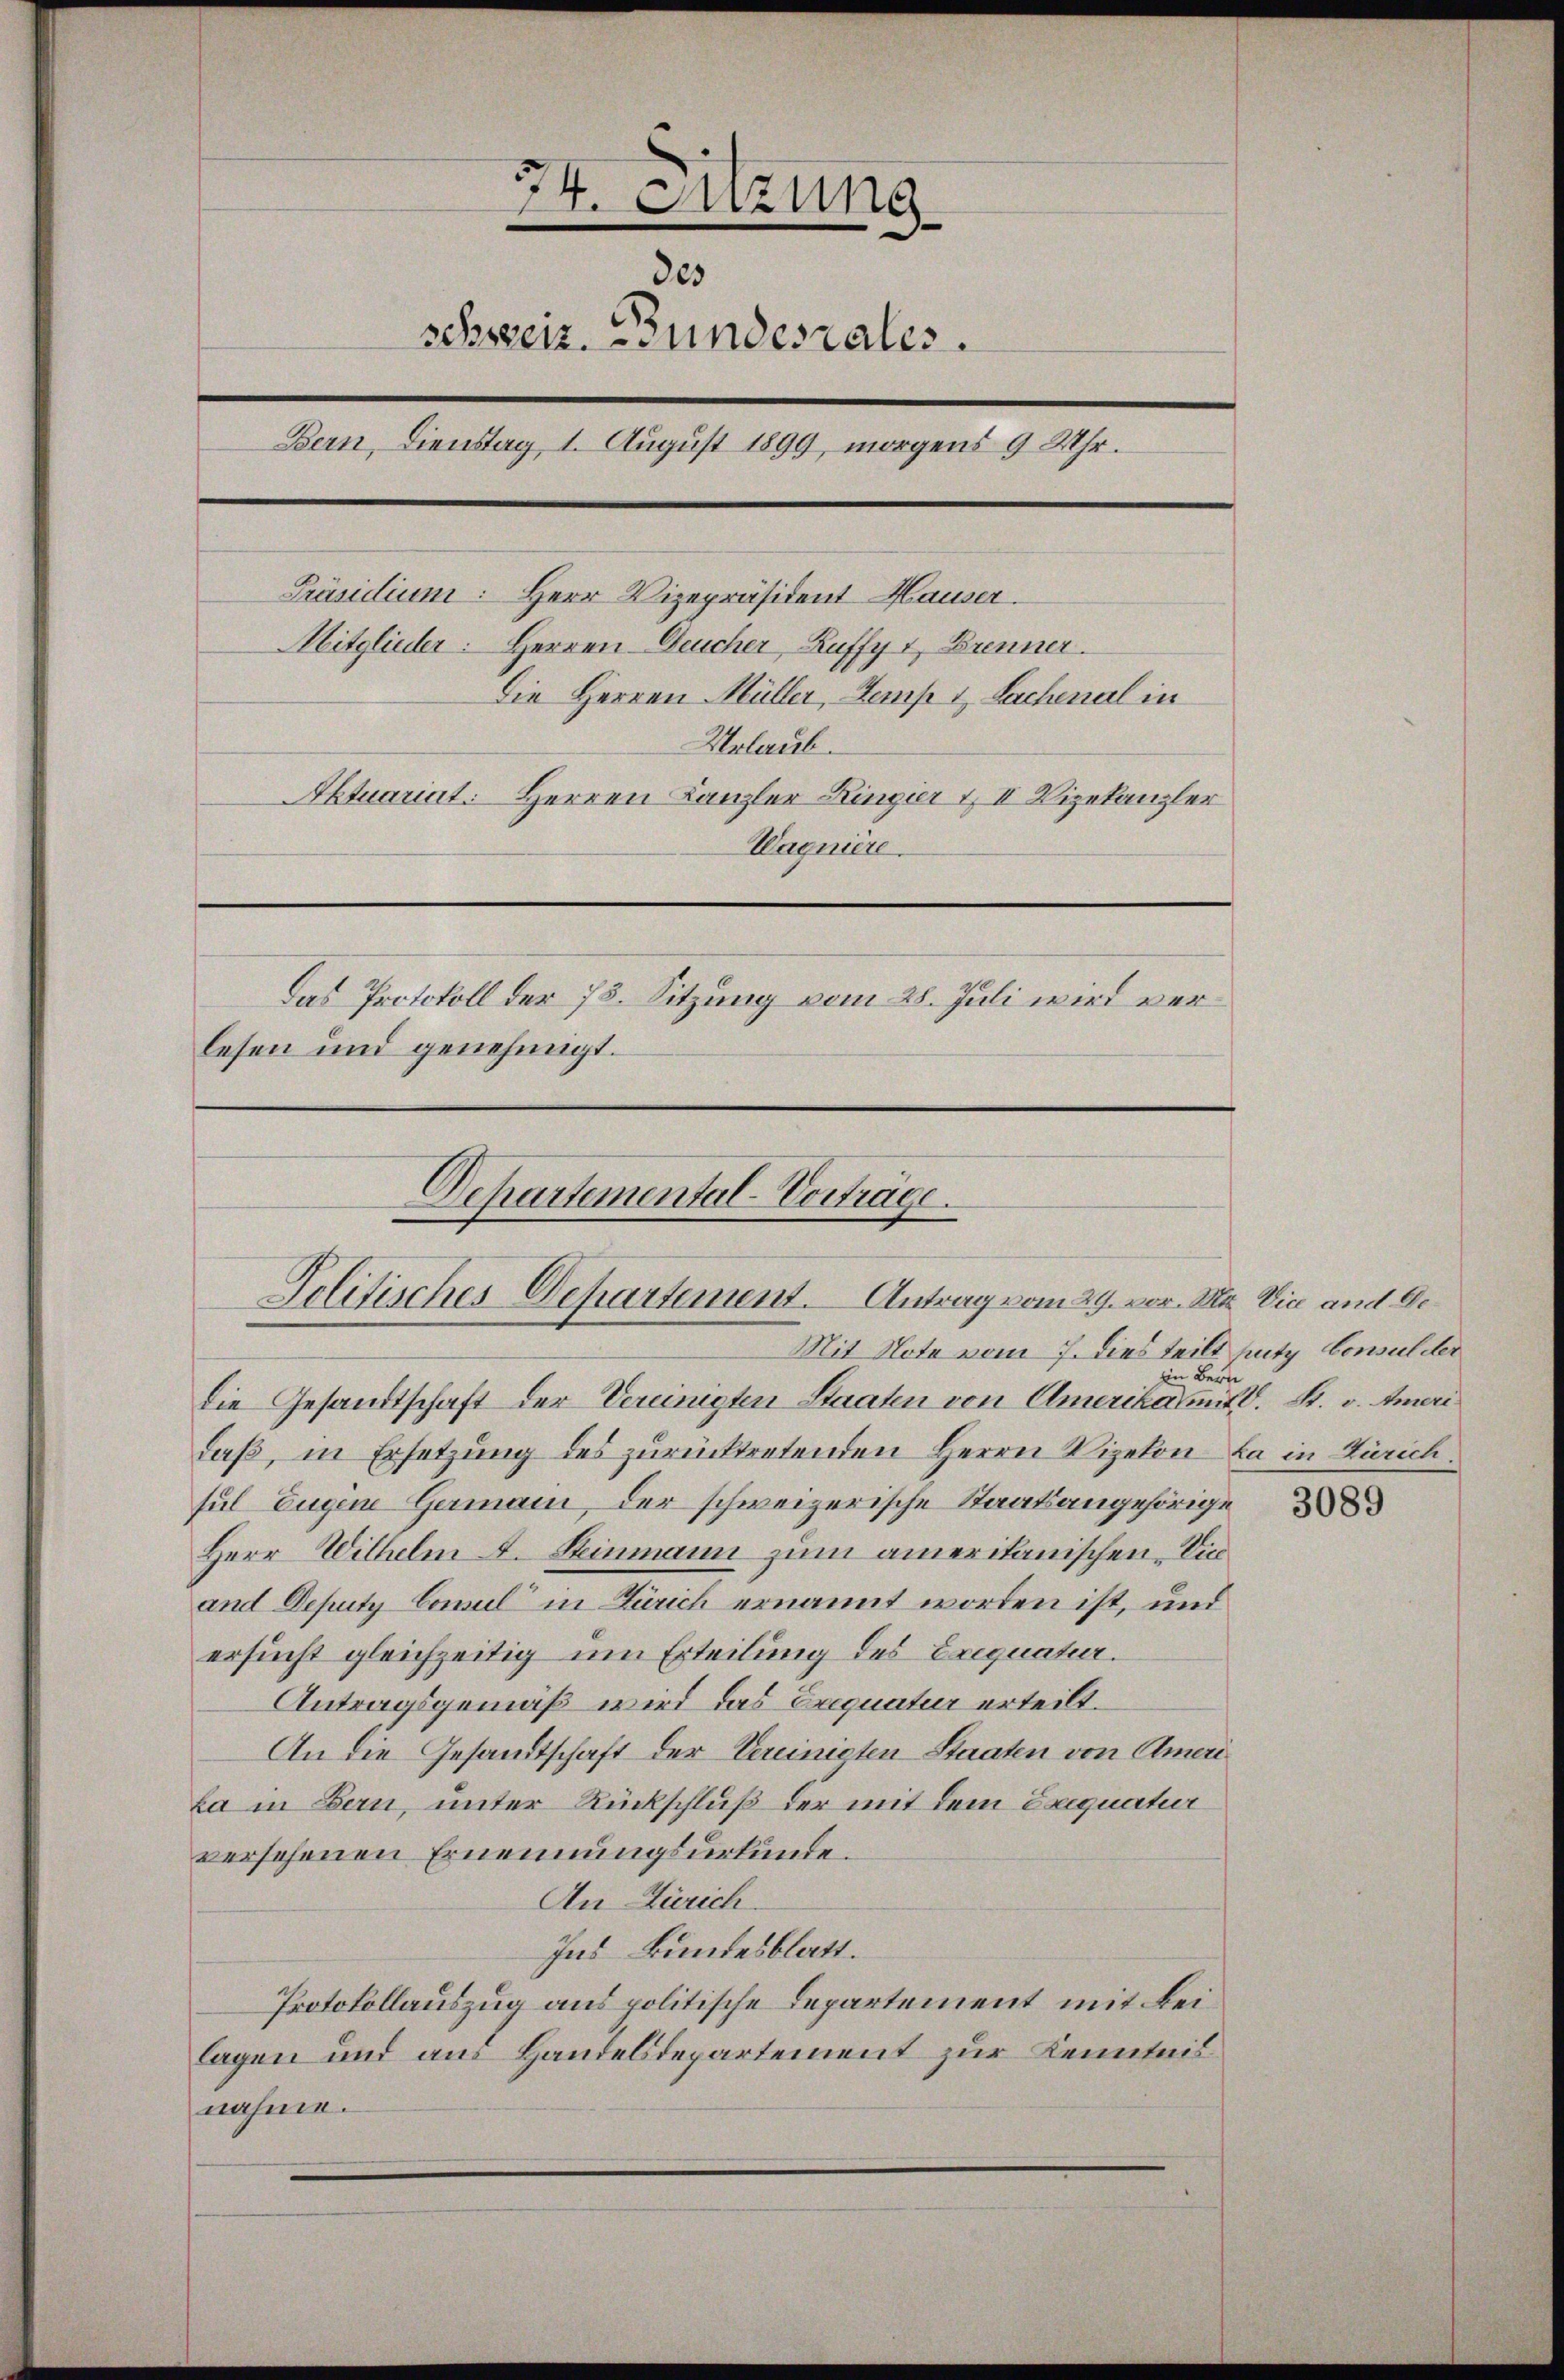
5
7
4. Sitzung
325
schweiz. Bundesrates.
Bern, Dienstag 1. August 1899, morgens 9 Uhr.
Präsidium: Herr Vizepräsident Hauser.
Mitglieder: Herren Deucher Zuffy & Brenner
Die Herren Müller, Zemp & Sachenal in
Urlaub.
Aktuariat: Herren Kanzler Ringier & II Vizekanzler
Wagniere.
Das Protokoll der 78. Sitzung vom 28. Juli wird verlesen und genehmigt.

Departemental-Vorträge.
Jolitisches Departement. Antrag vom 29. vor. Mt. Vice und Ge¬
Mit Note vom 7. dies teilt mit Consul der

die Gesandtschaft der Vereinigten Staaten von Amerika mit d. S. v. Ameri
daß, in Ersetzung des zurücktretenden Herrn Vizekon da in Zürich
sul Eugene Germain, der schweizerische Staatsangehörige
Herr Wilhelm 4. Steinmann zum amerikanischen Dinand Deputy Comul in Zürich ernannt worden ist, und
ersucht gleichzeitig um Erteilung des Exequatur.
Antragsgemäß wird das Exequatur erteilt.
An die Gesandtschaft der Vereinigten Staaten von Ameri
La in Bern, unter Rückschluß der mit dem Exequatur
versehenen Ernennungsurkunde.
An Zürich.
Ins Bundesblatt.
Protokollauszug aus politische Departement mit Beilagen und aus Handesdepartement zur Kenntnis
nahme.

Bern

3089